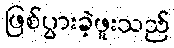
ဖြစ်ပွားခဲ့ဖူးသည်